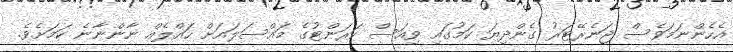
އެހެންނަމަވެސް ޖަނެރޭޓަރު ގެންދިޔަ ކަމުގައި ވިއަސް ކަރަންޓުގެ މައްސަލައަށް ހައްލެއް ނާންނާނެ ކަމަށެވެ.